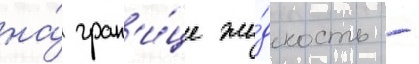
на́ гран'и́це жи́дкость -